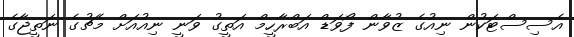
އެސިސްޓަކުން ނިއުގެ ޒުވާން ފޯވަޑް އަބްރާހީމް އަތީގު ވަނީ ނިއުއަށް މެޗުގެ ނަތީޖާގެ